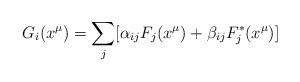
LaTeX: \begin{align*}G_i ( x^{\mu} ) = \sum_j [ \alpha_{ij} F_j( x^{\mu} ) + \beta_{ij}F_j^* (x^{\mu}) ]\end{align*}